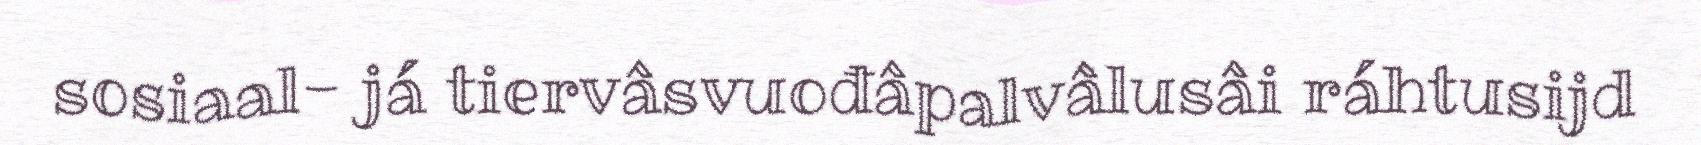
sosiaal- já tiervâsvuođâpalvâlusâi ráhtusijd